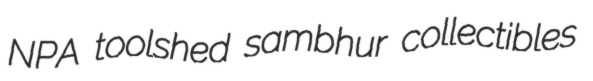
NPA toolshed sambhur collectibles